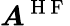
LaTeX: \boldsymbol{A}^{\mathrm{~H~F~}}